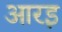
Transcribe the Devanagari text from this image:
आरइ